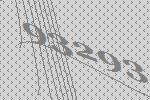
93293